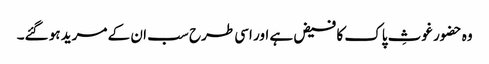
وہ حضور غوثِ پاک کا فیض ہے اور اسی طرح سب ان کے مرید ہو گئے۔